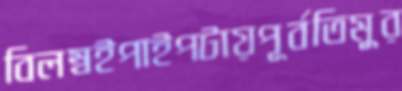
বিলম্বইপাইপটায়পূর্বতিমুর